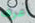
أعرف